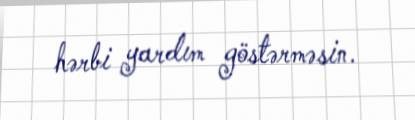
hərbi yardım göstərməsin.